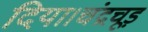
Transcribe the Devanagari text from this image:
दिया।चंद्रचूड़